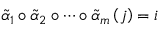
\widetilde { \alpha } _ { 1 } \circ \widetilde { \alpha } _ { 2 } \circ \cdots \circ \widetilde { \alpha } _ { m } \left( j \right) = i